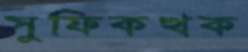
সুফিকত্থক